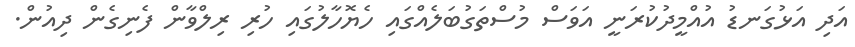
އަދި އަޅުގަނޑު އުއްމީދުކުރަނީ އަވަސް މުސްތަގުބަލެއްގައި ހެޔޮހާލުގައި ހުރި ރިލްވާން ފެނިގެން ދިއުން.